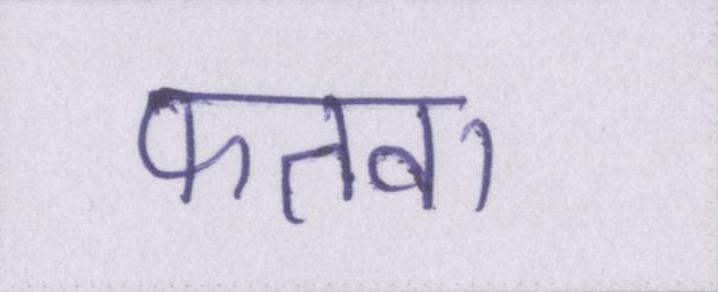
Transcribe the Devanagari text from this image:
फतवा